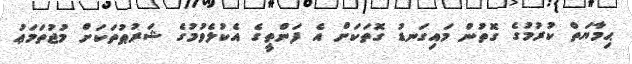
ޙިމާޔަތް ކުރުމުގެ ގޮތުން މައިގަނޑު ގޮތަކަށް އެ ފަންތީގެ އެކުލެވުމުގެ ޝަރުޠުތަކަށް މުޖުތަމަޢު